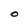
Character: O